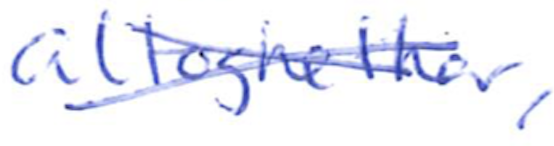
Text: altogether,
Cross-out: cross
Writing tool: ballpoint